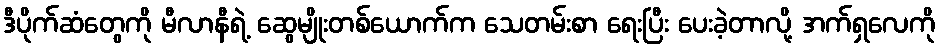
ဒီပိုက်ဆံတွေကို မီလာနီရဲ့ ဆွေမျိုးတစ်ယောက်က သေတမ်းစာ ရေးပြီး ပေးခဲ့တာလို့ အက်ရှလေကို